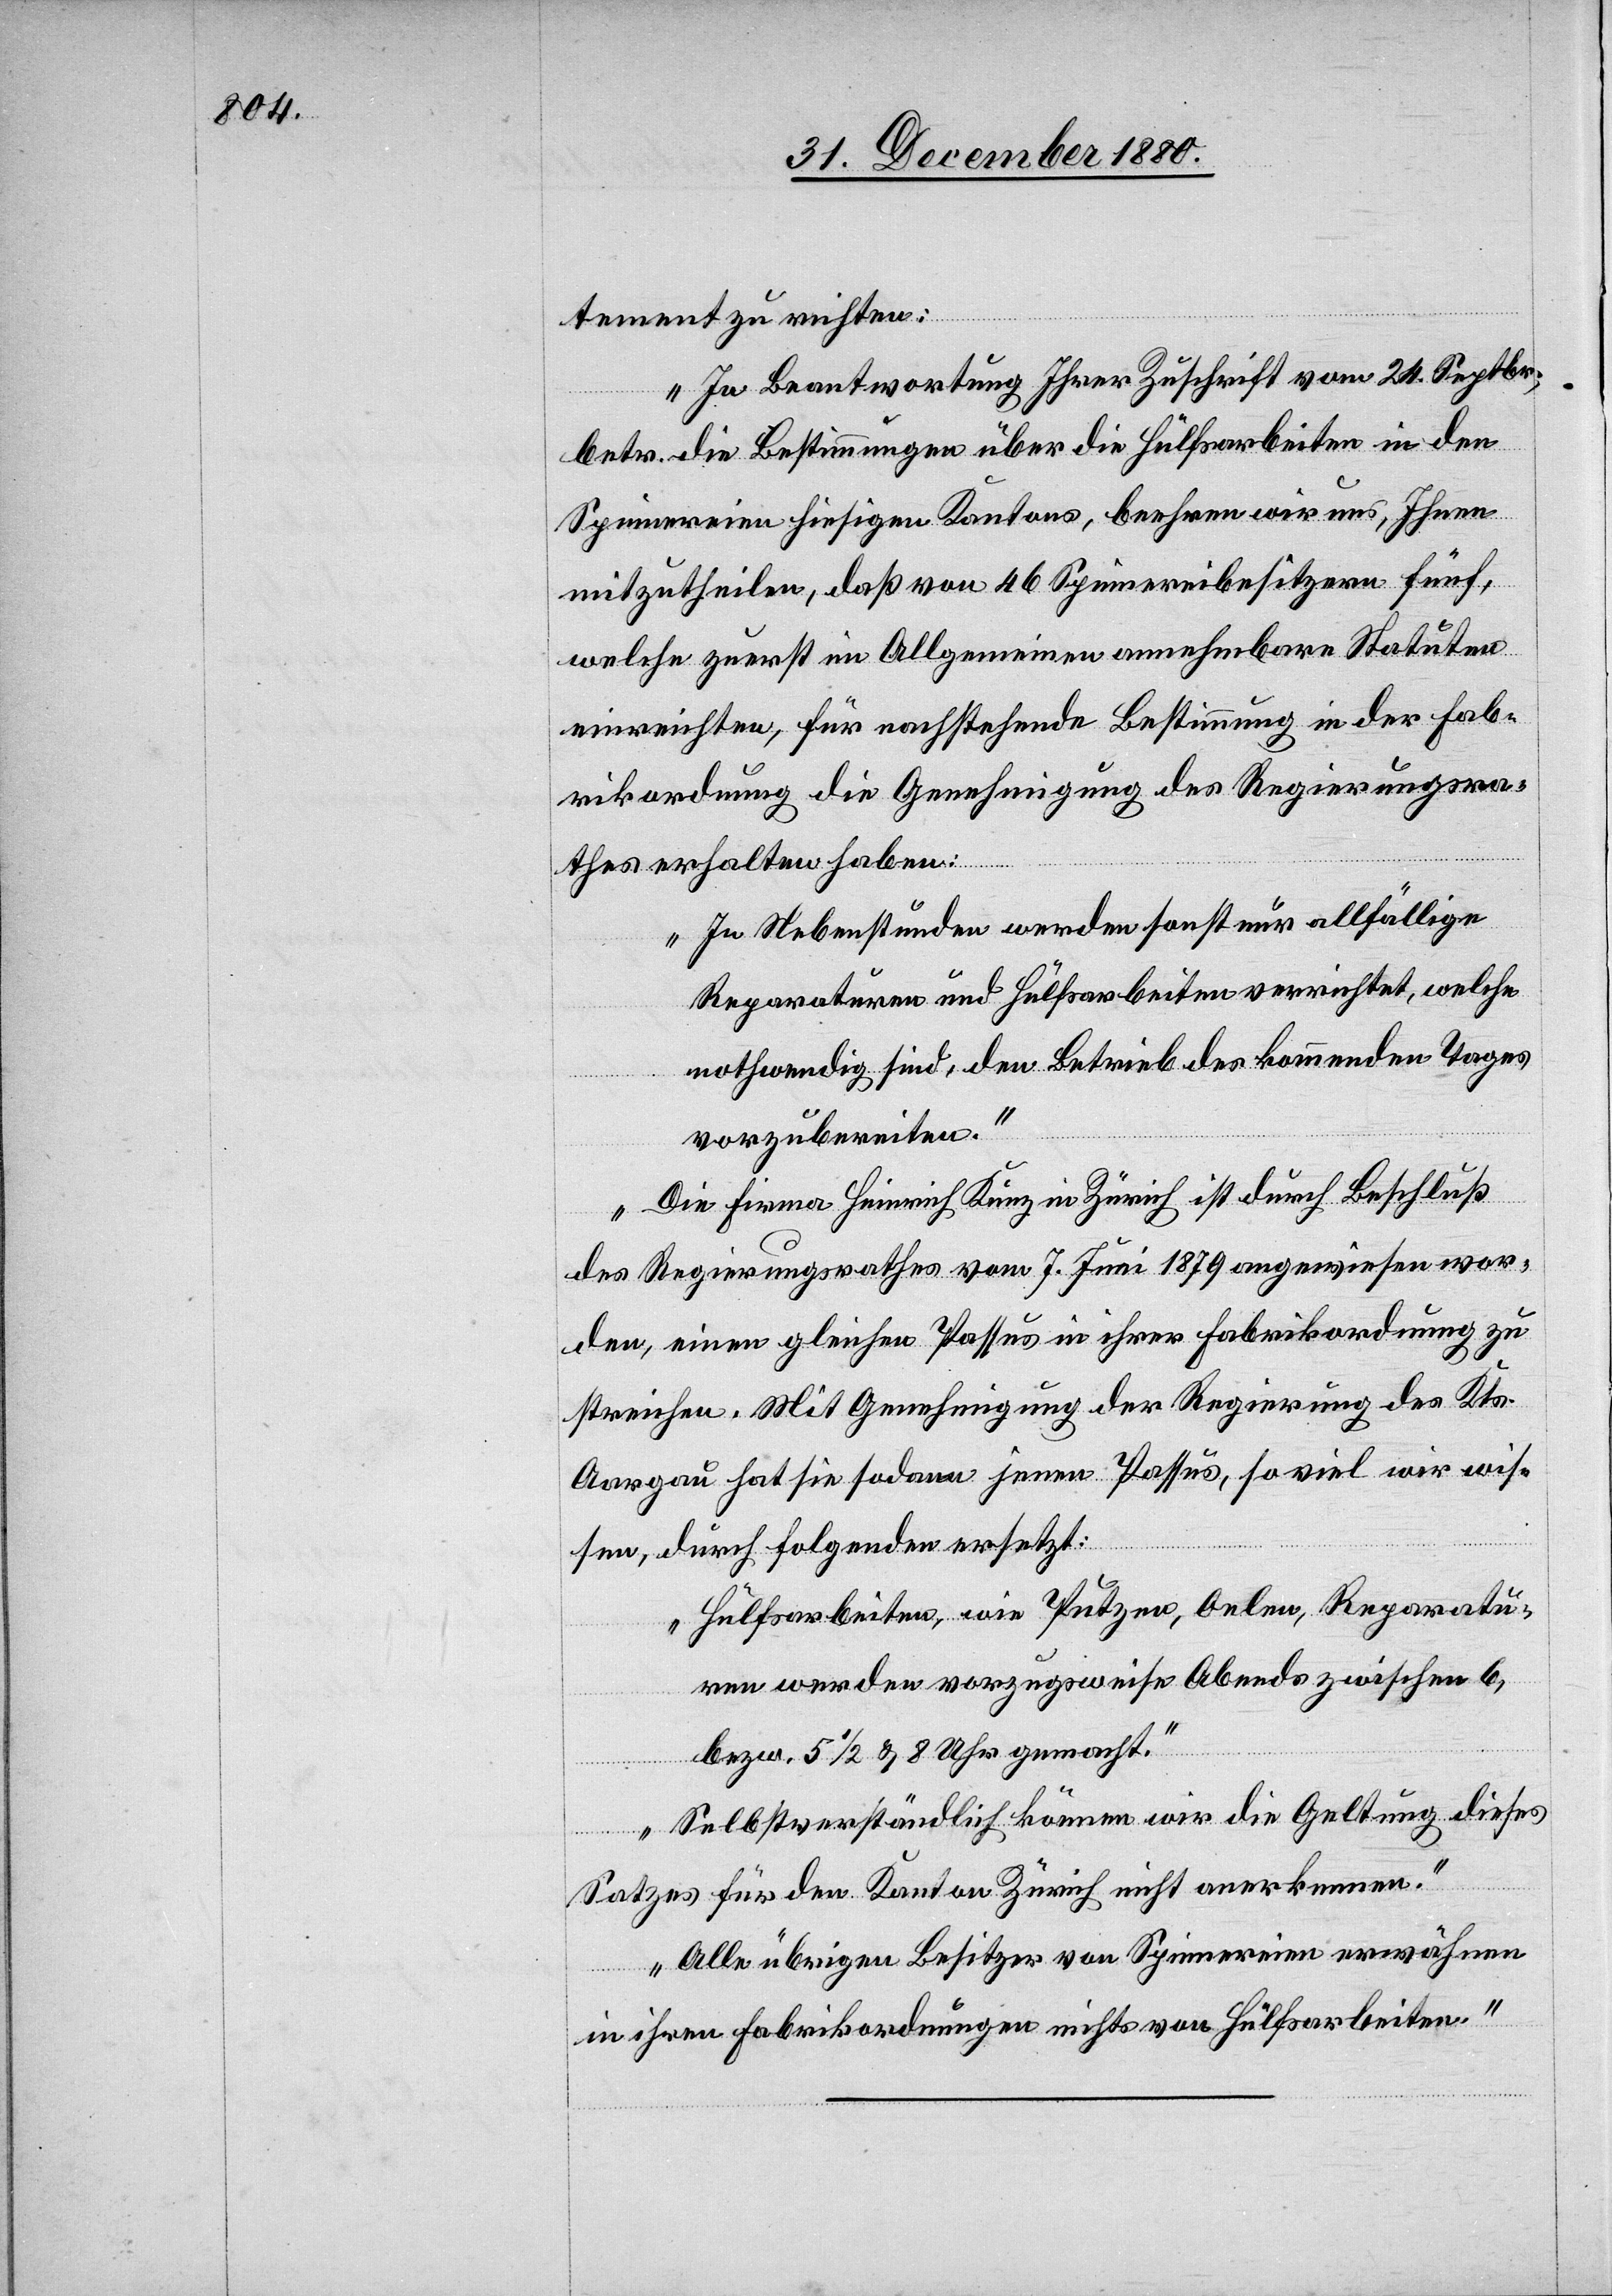
tement zu richten:
„In Beantwortung Ihrer Zuschrift vom 24. Septbr.,
betr. die Bestimmungen über die Hülfsarbeiter in den
Spinnereinen hiesigen Kantons, beehren wir uns, Ihnen
mitzutheilen, daß von 46 Spinnereibesitzern fünf,
welche zuerst im Allgemeinen annehmbaren Statuten
einreichten, für nachstehende Bestimmung in der Fab¬
rikordnung die Genehmigung des Regierungsra¬
thes erhalten haben:
„In Nebenstunden werden sonst nur allfällige
Reparaturen und Hülfsarbeiten verrichtet, welche
nothwendig sind, den Betrieb des kommenden Tages
vorzubereiten.“
Die Firma Heinrich Kunz in Zürich ist durch Beschluß
des Regierungsrathes vom 7. Juni 1879 angewiesen wor¬
den, einen gleichen Passus in ihrer Fabrikordnung zu
streichen. Mit Genehmigung der Regierung des Kts.
Aargau hat sie sodann jenen Passus, so viel wir wis¬
sen, durch folgenden ersetzt:
„Hülfsarbeiten, wie Putzen, Oelen, Reparatu¬
ren werden vorzugweise Abends zwischen 6,
bezw. 5 1/2 & 8 Uhr gemacht.“
Selbstverständlich können wir die Geltung dieses
Satzes für den Kanton Zürich nicht anerkennen.
Alle übrigen Besitzer von Spinnereien erwähnen
in ihren Fabrikordnungen nichts von Hülfsarbeiten.“